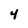
Character: 4